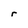
Character: r